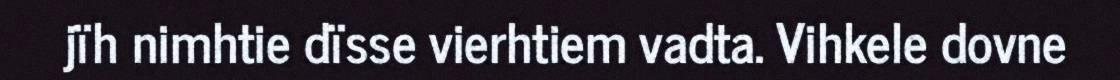
jïh nimhtie dïsse vierhtiem vadta. Vihkele dovne